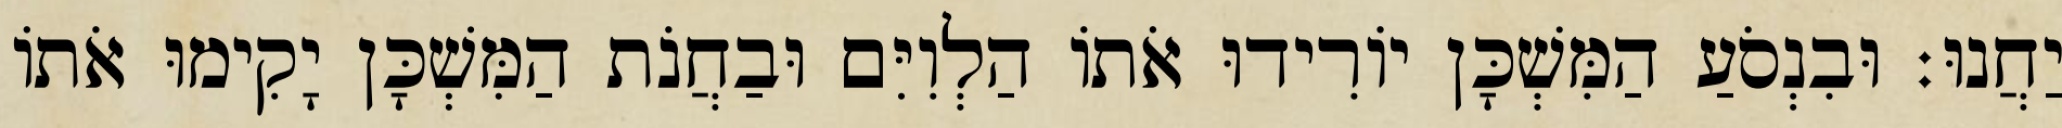
יַחֲנוּ׃ וּבִנְסֹעַ הַמִּשְׁכָּן יוֹרִידוּ אֹתוֹ הַלְוִיִּם וּבַחֲנֹת הַמִּשְׁכָּן יָקִימוּ אֹתוֹ